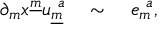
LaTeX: \partial _ { m } x ^ { \underline { { { m } } } } u _ { \underline { { { m } } } } ^ { ~ a } { } ~ ~ ~ \sim ~ ~ ~ e _ { m } ^ { ~ a } ,